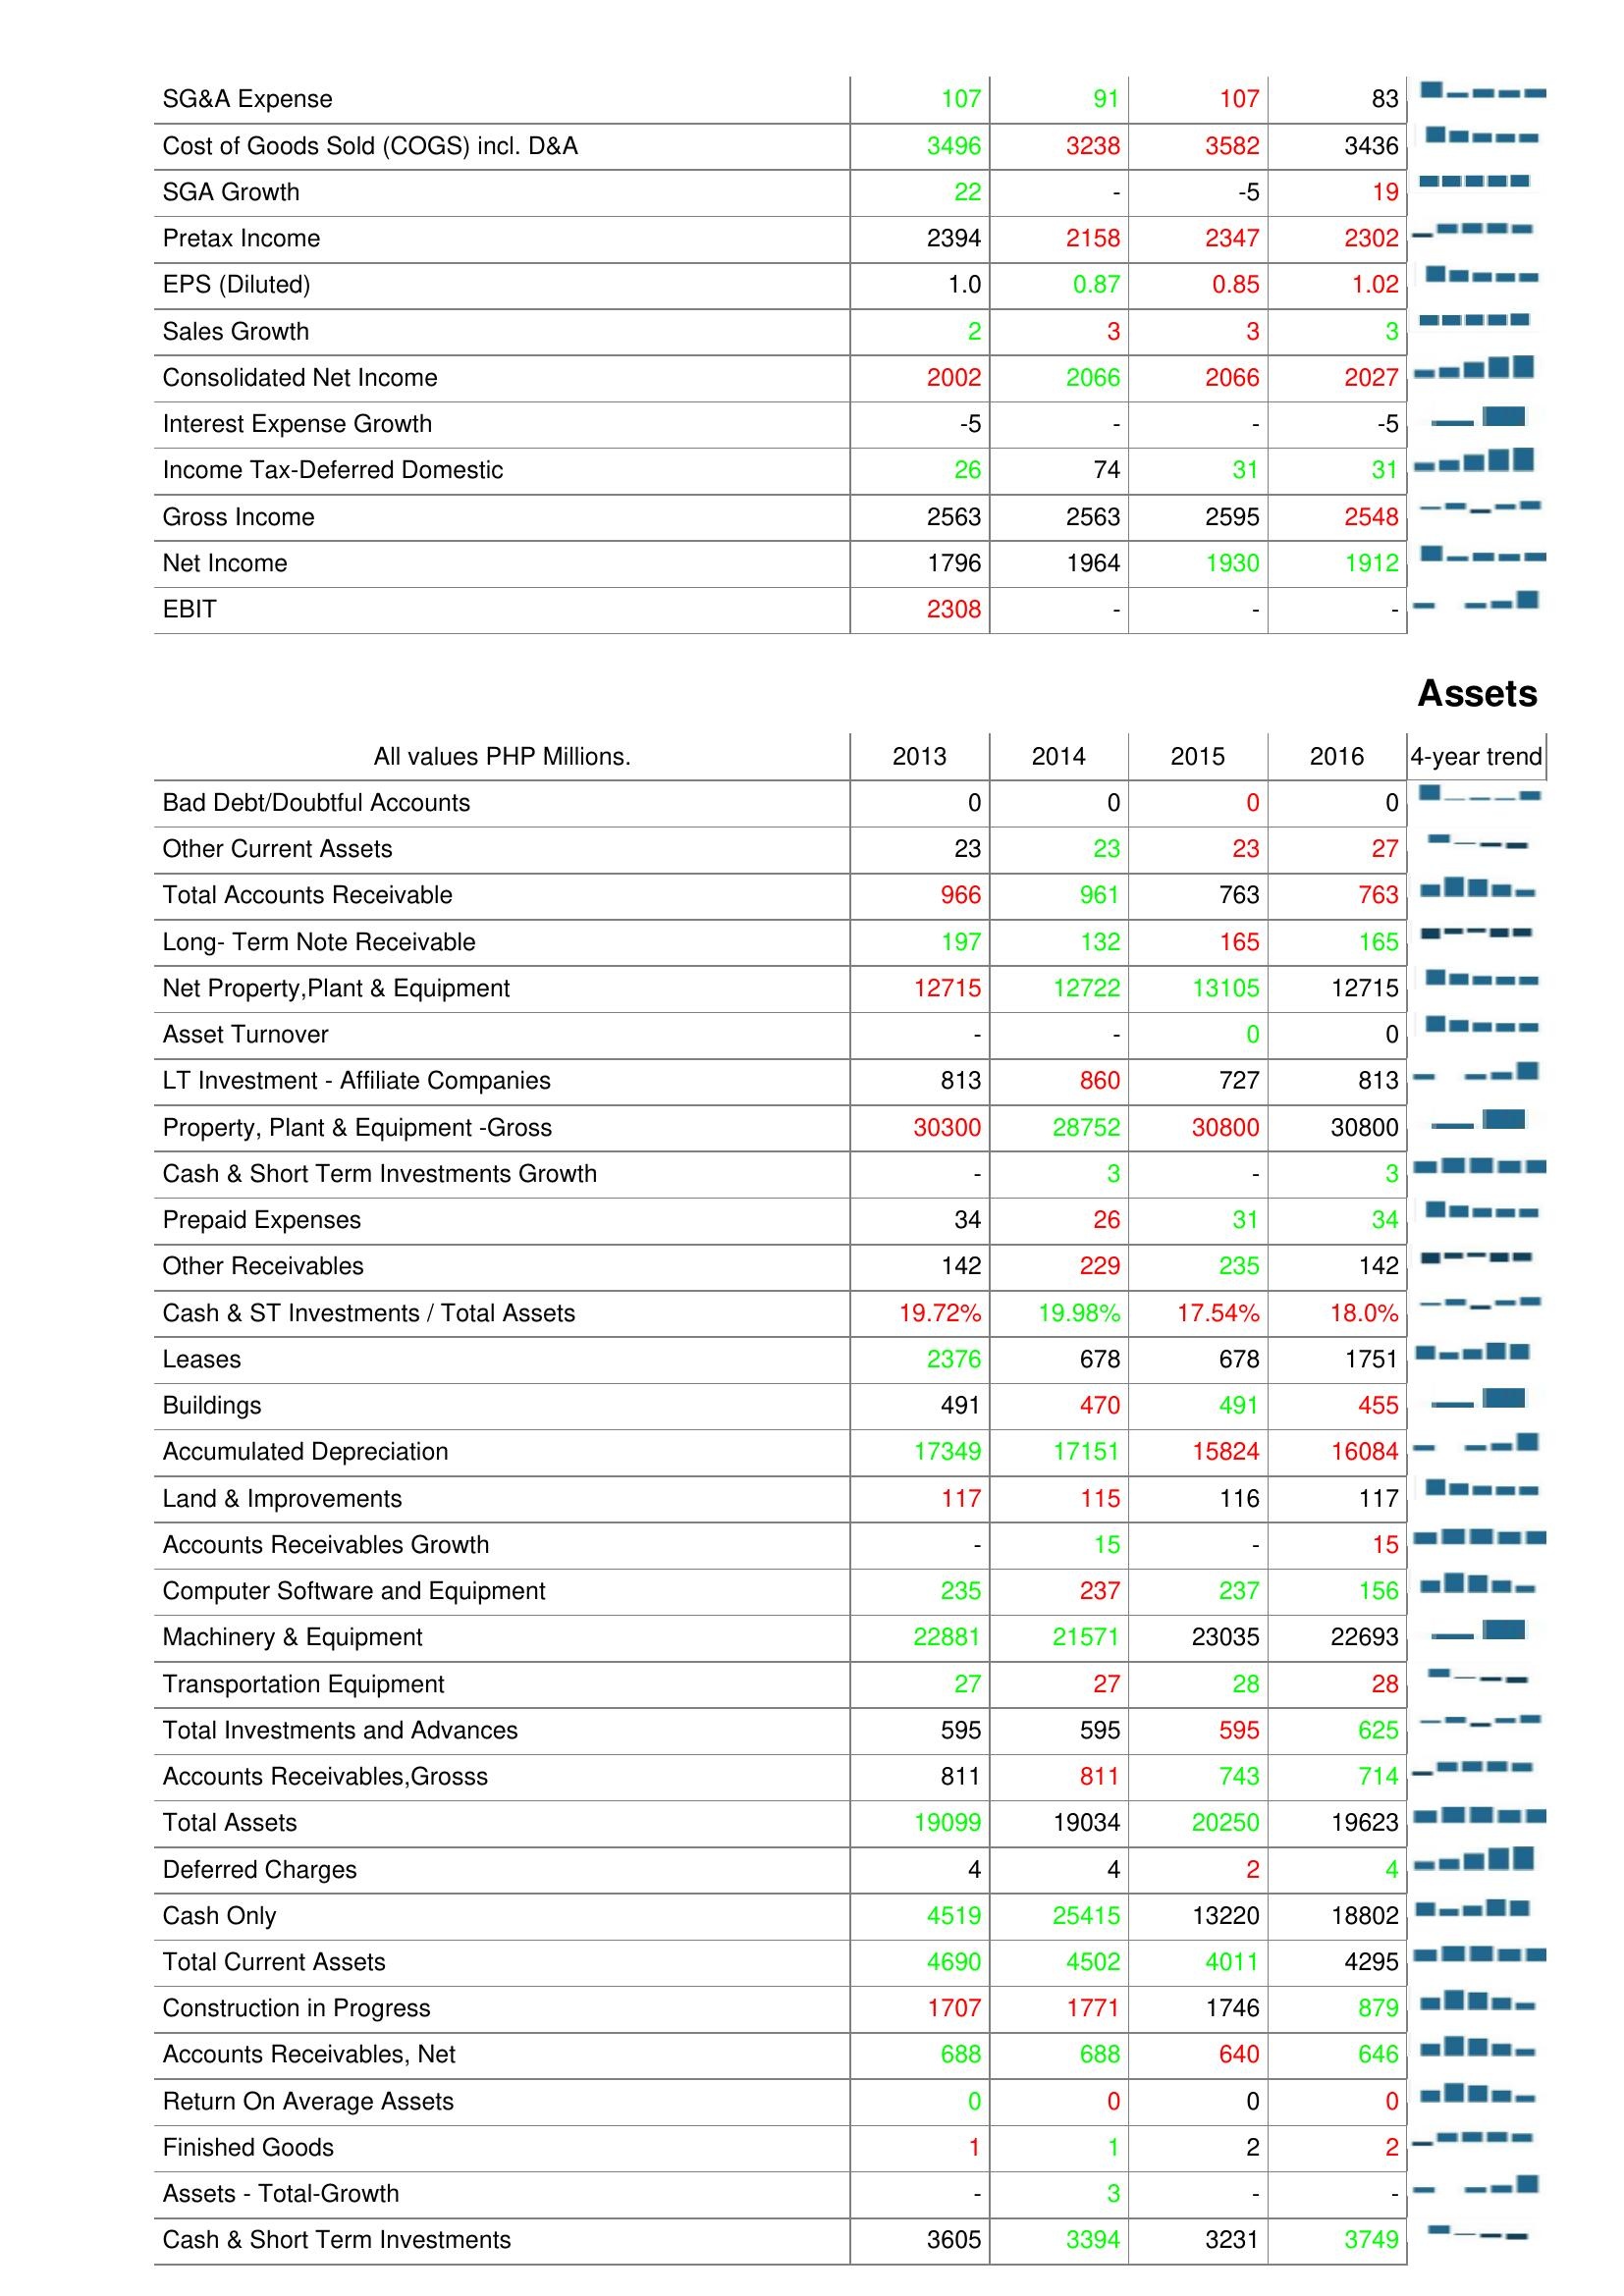
2013: : SG&A Expense: 107
Cost of Goods Sold (COGS) incl. D&A: 3496
SGA Growth: 22
Pretax Income: 2394
EPS (Diluted): 1.0
Sales Growth: 2
Consolidated Net Income: 2002
Interest Expense Growth: -5
Income Tax-Deferred Domestic: 26
Gross Income: 2563
Net Income: 1796
EBIT: 2308
Assets: Bad Debt/Doubtful Accounts: 0
Other Current Assets: 23
Total Accounts Receivable: 966
Long- Term Note Receivable: 197
Net Property,Plant & Equipment: 12715
Asset Turnover: -
LT Investment - Affiliate Companies: 813
Property, Plant & Equipment -Gross: 30300
Cash & Short Term Investments Growth: -
Prepaid Expenses: 34
Other Receivables: 142
Cash & ST Investments / Total Assets: 19.72%
Leases: 2376
Buildings: 491
Accumulated Depreciation: 17349
Land & Improvements: 117
Accounts Receivables Growth: -
Computer Software and Equipment: 235
Machinery & Equipment: 22881
Transportation Equipment: 27
Total Investments and Advances: 595
Accounts Receivables,Grosss: 811
Total Assets: 19099
Deferred Charges: 4
Cash Only: 4519
Total Current Assets: 4690
Construction in Progress: 1707
Accounts Receivables, Net: 688
Return On Average Assets: 0
Finished Goods: 1
Assets - Total-Growth: -
Cash & Short Term Investments: 3605
2014: : SG&A Expense: 91
Cost of Goods Sold (COGS) incl. D&A: 3238
SGA Growth: -
Pretax Income: 2158
EPS (Diluted): 0.87
Sales Growth: 3
Consolidated Net Income: 2066
Interest Expense Growth: -
Income Tax-Deferred Domestic: 74
Gross Income: 2563
Net Income: 1964
EBIT: -
Assets: Bad Debt/Doubtful Accounts: 0
Other Current Assets: 23
Total Accounts Receivable: 961
Long- Term Note Receivable: 132
Net Property,Plant & Equipment: 12722
Asset Turnover: -
LT Investment - Affiliate Companies: 860
Property, Plant & Equipment -Gross: 28752
Cash & Short Term Investments Growth: 3
Prepaid Expenses: 26
Other Receivables: 229
Cash & ST Investments / Total Assets: 19.98%
Leases: 678
Buildings: 470
Accumulated Depreciation: 17151
Land & Improvements: 115
Accounts Receivables Growth: 15
Computer Software and Equipment: 237
Machinery & Equipment: 21571
Transportation Equipment: 27
Total Investments and Advances: 595
Accounts Receivables,Grosss: 811
Total Assets: 19034
Deferred Charges: 4
Cash Only: 25415
Total Current Assets: 4502
Construction in Progress: 1771
Accounts Receivables, Net: 688
Return On Average Assets: 0
Finished Goods: 1
Assets - Total-Growth: 3
Cash & Short Term Investments: 3394
2015: : SG&A Expense: 107
Cost of Goods Sold (COGS) incl. D&A: 3582
SGA Growth: -5
Pretax Income: 2347
EPS (Diluted): 0.85
Sales Growth: 3
Consolidated Net Income: 2066
Interest Expense Growth: -
Income Tax-Deferred Domestic: 31
Gross Income: 2595
Net Income: 1930
EBIT: -
Assets: Bad Debt/Doubtful Accounts: 0
Other Current Assets: 23
Total Accounts Receivable: 763
Long- Term Note Receivable: 165
Net Property,Plant & Equipment: 13105
Asset Turnover: 0
LT Investment - Affiliate Companies: 727
Property, Plant & Equipment -Gross: 30800
Cash & Short Term Investments Growth: -
Prepaid Expenses: 31
Other Receivables: 235
Cash & ST Investments / Total Assets: 17.54%
Leases: 678
Buildings: 491
Accumulated Depreciation: 15824
Land & Improvements: 116
Accounts Receivables Growth: -
Computer Software and Equipment: 237
Machinery & Equipment: 23035
Transportation Equipment: 28
Total Investments and Advances: 595
Accounts Receivables,Grosss: 743
Total Assets: 20250
Deferred Charges: 2
Cash Only: 13220
Total Current Assets: 4011
Construction in Progress: 1746
Accounts Receivables, Net: 640
Return On Average Assets: 0
Finished Goods: 2
Assets - Total-Growth: -
Cash & Short Term Investments: 3231
2016: : SG&A Expense: 83
Cost of Goods Sold (COGS) incl. D&A: 3436
SGA Growth: 19
Pretax Income: 2302
EPS (Diluted): 1.02
Sales Growth: 3
Consolidated Net Income: 2027
Interest Expense Growth: -5
Income Tax-Deferred Domestic: 31
Gross Income: 2548
Net Income: 1912
EBIT: -
Assets: Bad Debt/Doubtful Accounts: 0
Other Current Assets: 27
Total Accounts Receivable: 763
Long- Term Note Receivable: 165
Net Property,Plant & Equipment: 12715
Asset Turnover: 0
LT Investment - Affiliate Companies: 813
Property, Plant & Equipment -Gross: 30800
Cash & Short Term Investments Growth: 3
Prepaid Expenses: 34
Other Receivables: 142
Cash & ST Investments / Total Assets: 18.0%
Leases: 1751
Buildings: 455
Accumulated Depreciation: 16084
Land & Improvements: 117
Accounts Receivables Growth: 15
Computer Software and Equipment: 156
Machinery & Equipment: 22693
Transportation Equipment: 28
Total Investments and Advances: 625
Accounts Receivables,Grosss: 714
Total Assets: 19623
Deferred Charges: 4
Cash Only: 18802
Total Current Assets: 4295
Construction in Progress: 879
Accounts Receivables, Net: 646
Return On Average Assets: 0
Finished Goods: 2
Assets - Total-Growth: -
Cash & Short Term Investments: 3749